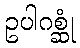
ဥပါဂစ္ဆုံ